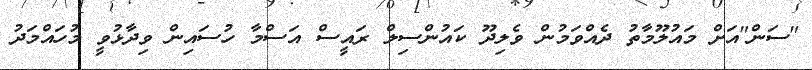
"ސަން"އަށް މައުލޫމާތު ދެއްވަމުން ވެލިދޫ ކައުންސިލް ރައީސް އަސްމާ ހުސައިން ވިދާޅުވީ މުހައްމަދު